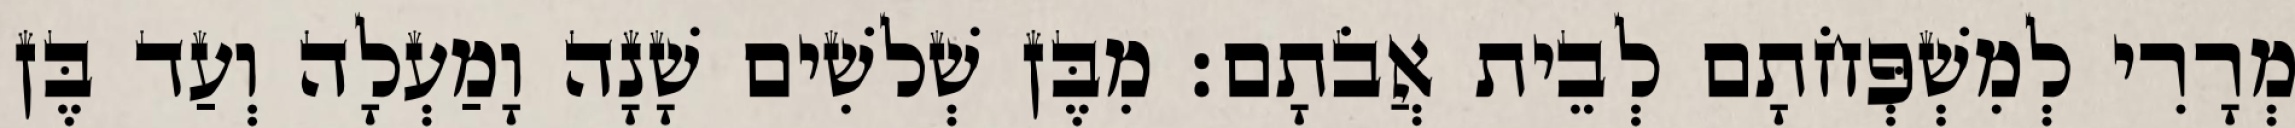
מְרָרִי לְמִשְׁפְּחֹתָם לְבֵית אֲבֹתָם׃ מִבֶּן שְׁלשִׁים שָׁנָה וָמַעְלָה וְעַד בֶּן